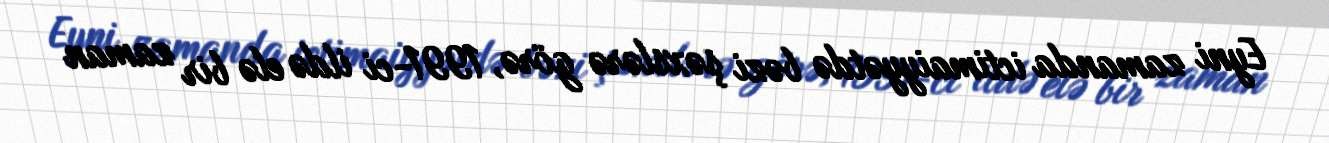
Eyni zamanda ictimaiyyətdə bəzi şəxslərə görə, 1991-ci ildə elə bir zaman